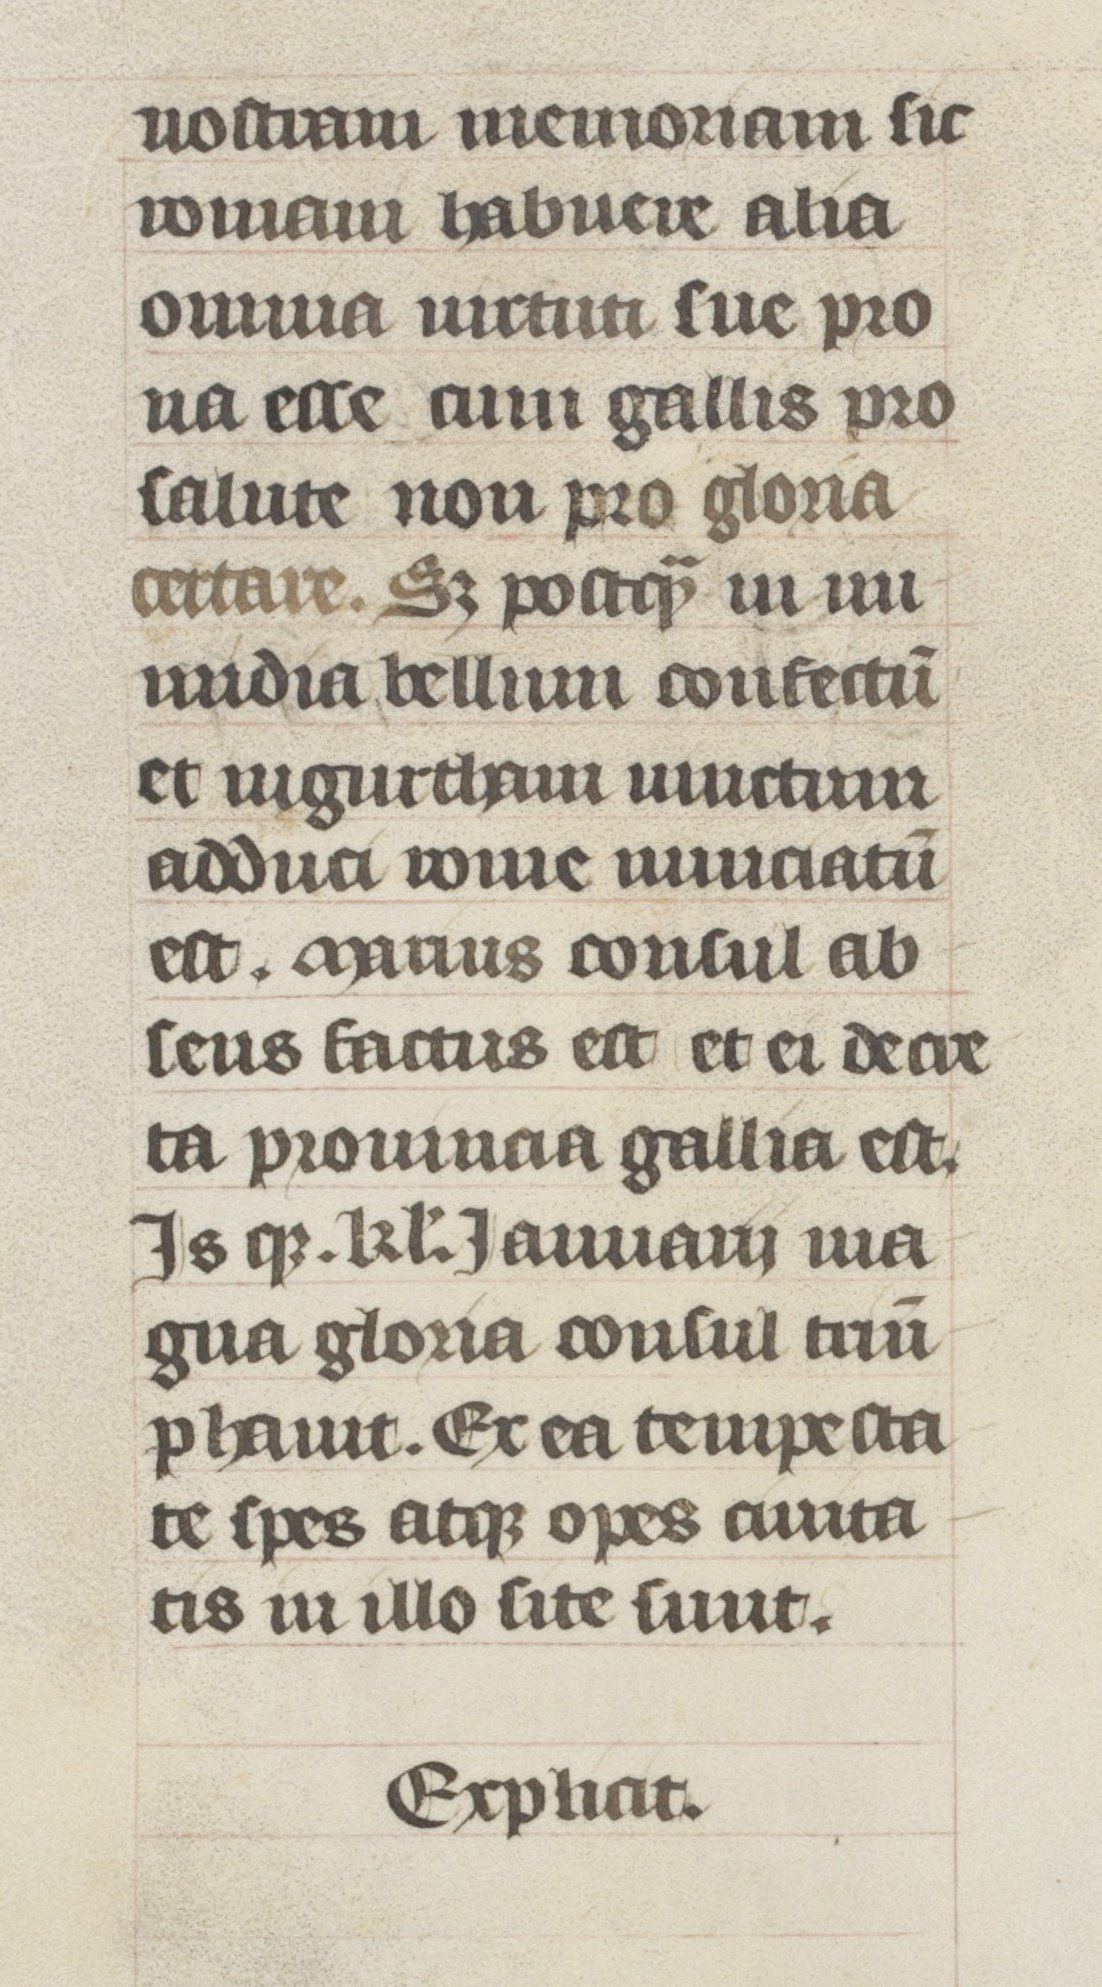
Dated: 1405–1435